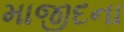
માજીદના